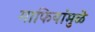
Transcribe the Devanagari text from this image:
माफियांमुळे